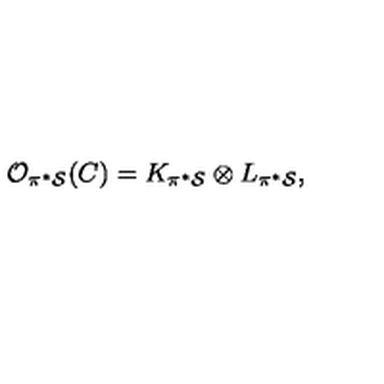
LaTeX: { \cal O } _ { \pi ^ { * } { \cal S } } ( C ) = K _ { \pi ^ { * } { \cal S } } \otimes L _ { \pi ^ { * } { \cal { S } } } ,